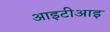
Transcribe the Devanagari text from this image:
आइटीआइ